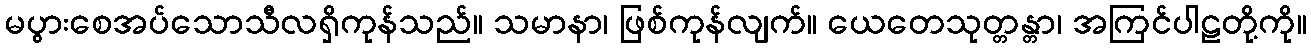
မပွားစေအပ်သောသီလရှိကုန်သည်။ သမာနာ၊ ဖြစ်ကုန်လျက်။ ယေတေသုတ္တန္တာ၊ အကြင်ပါဠတို့ကို။